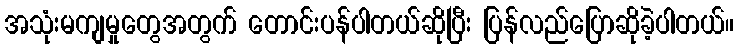
အသုံးမကျမှုတွေအတွက် တောင်းပန်ပါတယ်ဆိုပြီး ပြန်လည်ပြောဆိုခဲ့ပါတယ်။